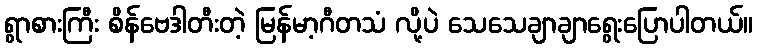
ရွာစားကြီး စိန်ဗေဒါတီးတဲ့ မြန်မာ့ဂီတသံ လို့ပဲ သေသေချာချာရွေးပြောပါတယ်။